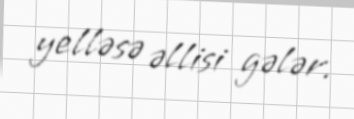
yelləsə əllisi gələr.